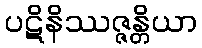
ပဋိနိဿဇ္ဇန္တိယာ